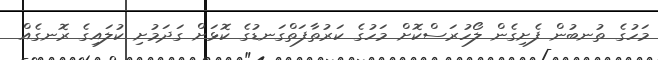
މަހުގެ ތުނބުން ފެށިގެން ލޯހުރަސްކޮށް މަހުގެ ކަރުތާފަތްގަނޑުގެ ކޮޅަށް ގަދަމުށި ކުލައިގެ ރޮނގެއް